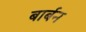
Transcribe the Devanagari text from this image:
बार्बन